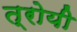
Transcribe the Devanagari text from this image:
त्रोयी